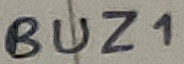
Text: BUZ1